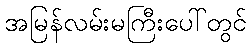
အမြန်လမ်းမကြီးပေါ်တွင်